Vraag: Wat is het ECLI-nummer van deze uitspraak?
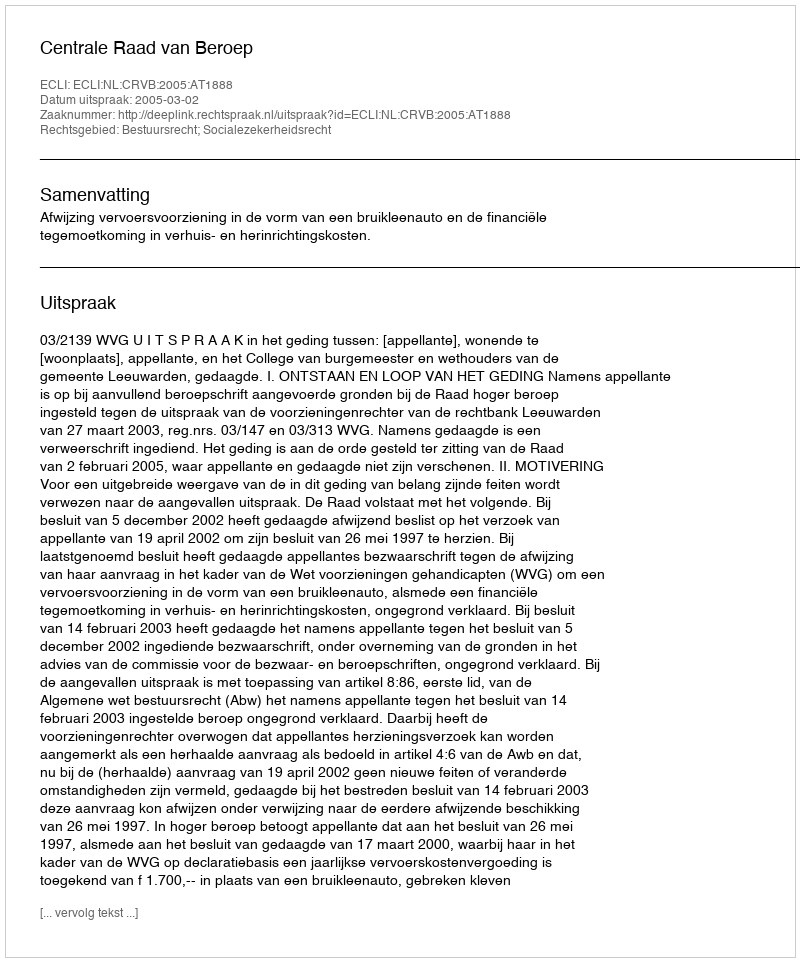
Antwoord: ECLI:NL:CRVB:2005:AT1888